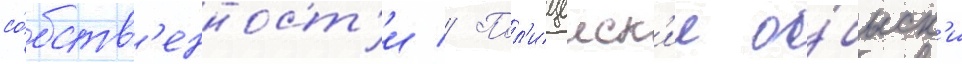
со́бств'енност'и // Пол'ицеиск'ие о́быск'и